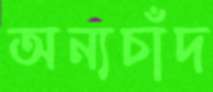
অন্যচাঁদ